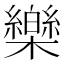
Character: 𣠋